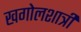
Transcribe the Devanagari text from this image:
खगोलशात्री